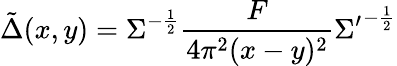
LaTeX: \tilde{\Delta}(x,y)=\Sigma^{-\frac{1}{2}}\frac{F}{4\pi^{2}(x-y)^{2}}{\Sigma^{\prime}}^{-\frac{1}{2}}